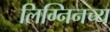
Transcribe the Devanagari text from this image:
लिग्निनच्य